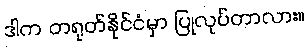
ဒါက တရုတ်နိုင်ငံမှာ ပြုလုပ်တာလား။